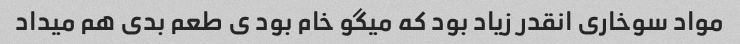
مواد سوخاری انقدر زیاد بود که میگو خام بود ی طعم بدی هم میداد